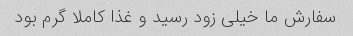
سفارش ما خیلی زود رسید و غذا کاملا گرم بود